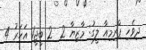
ދިވެހި ޕްރިމިއާ ލީގު: މާޒިޔާ 2  2 ބީޖީ1 އަހަރު 4